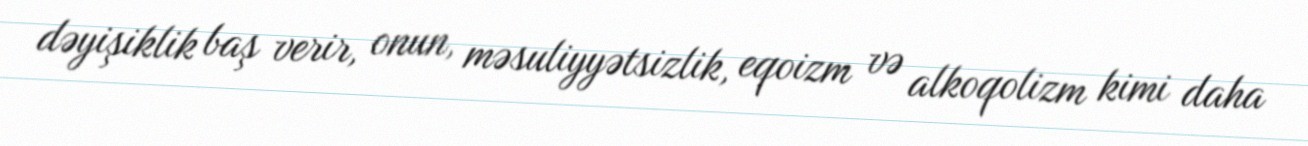
dəyişiklik baş verir, onun, məsuliyyətsizlik, eqoizm və alkoqolizm kimi daha